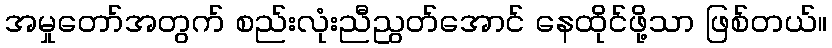
အမှုတော်အတွက် စည်းလုံးညီညွတ်အောင် နေထိုင်ဖို့သာ ဖြစ်တယ်။